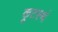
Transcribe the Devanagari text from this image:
कूटस्थं